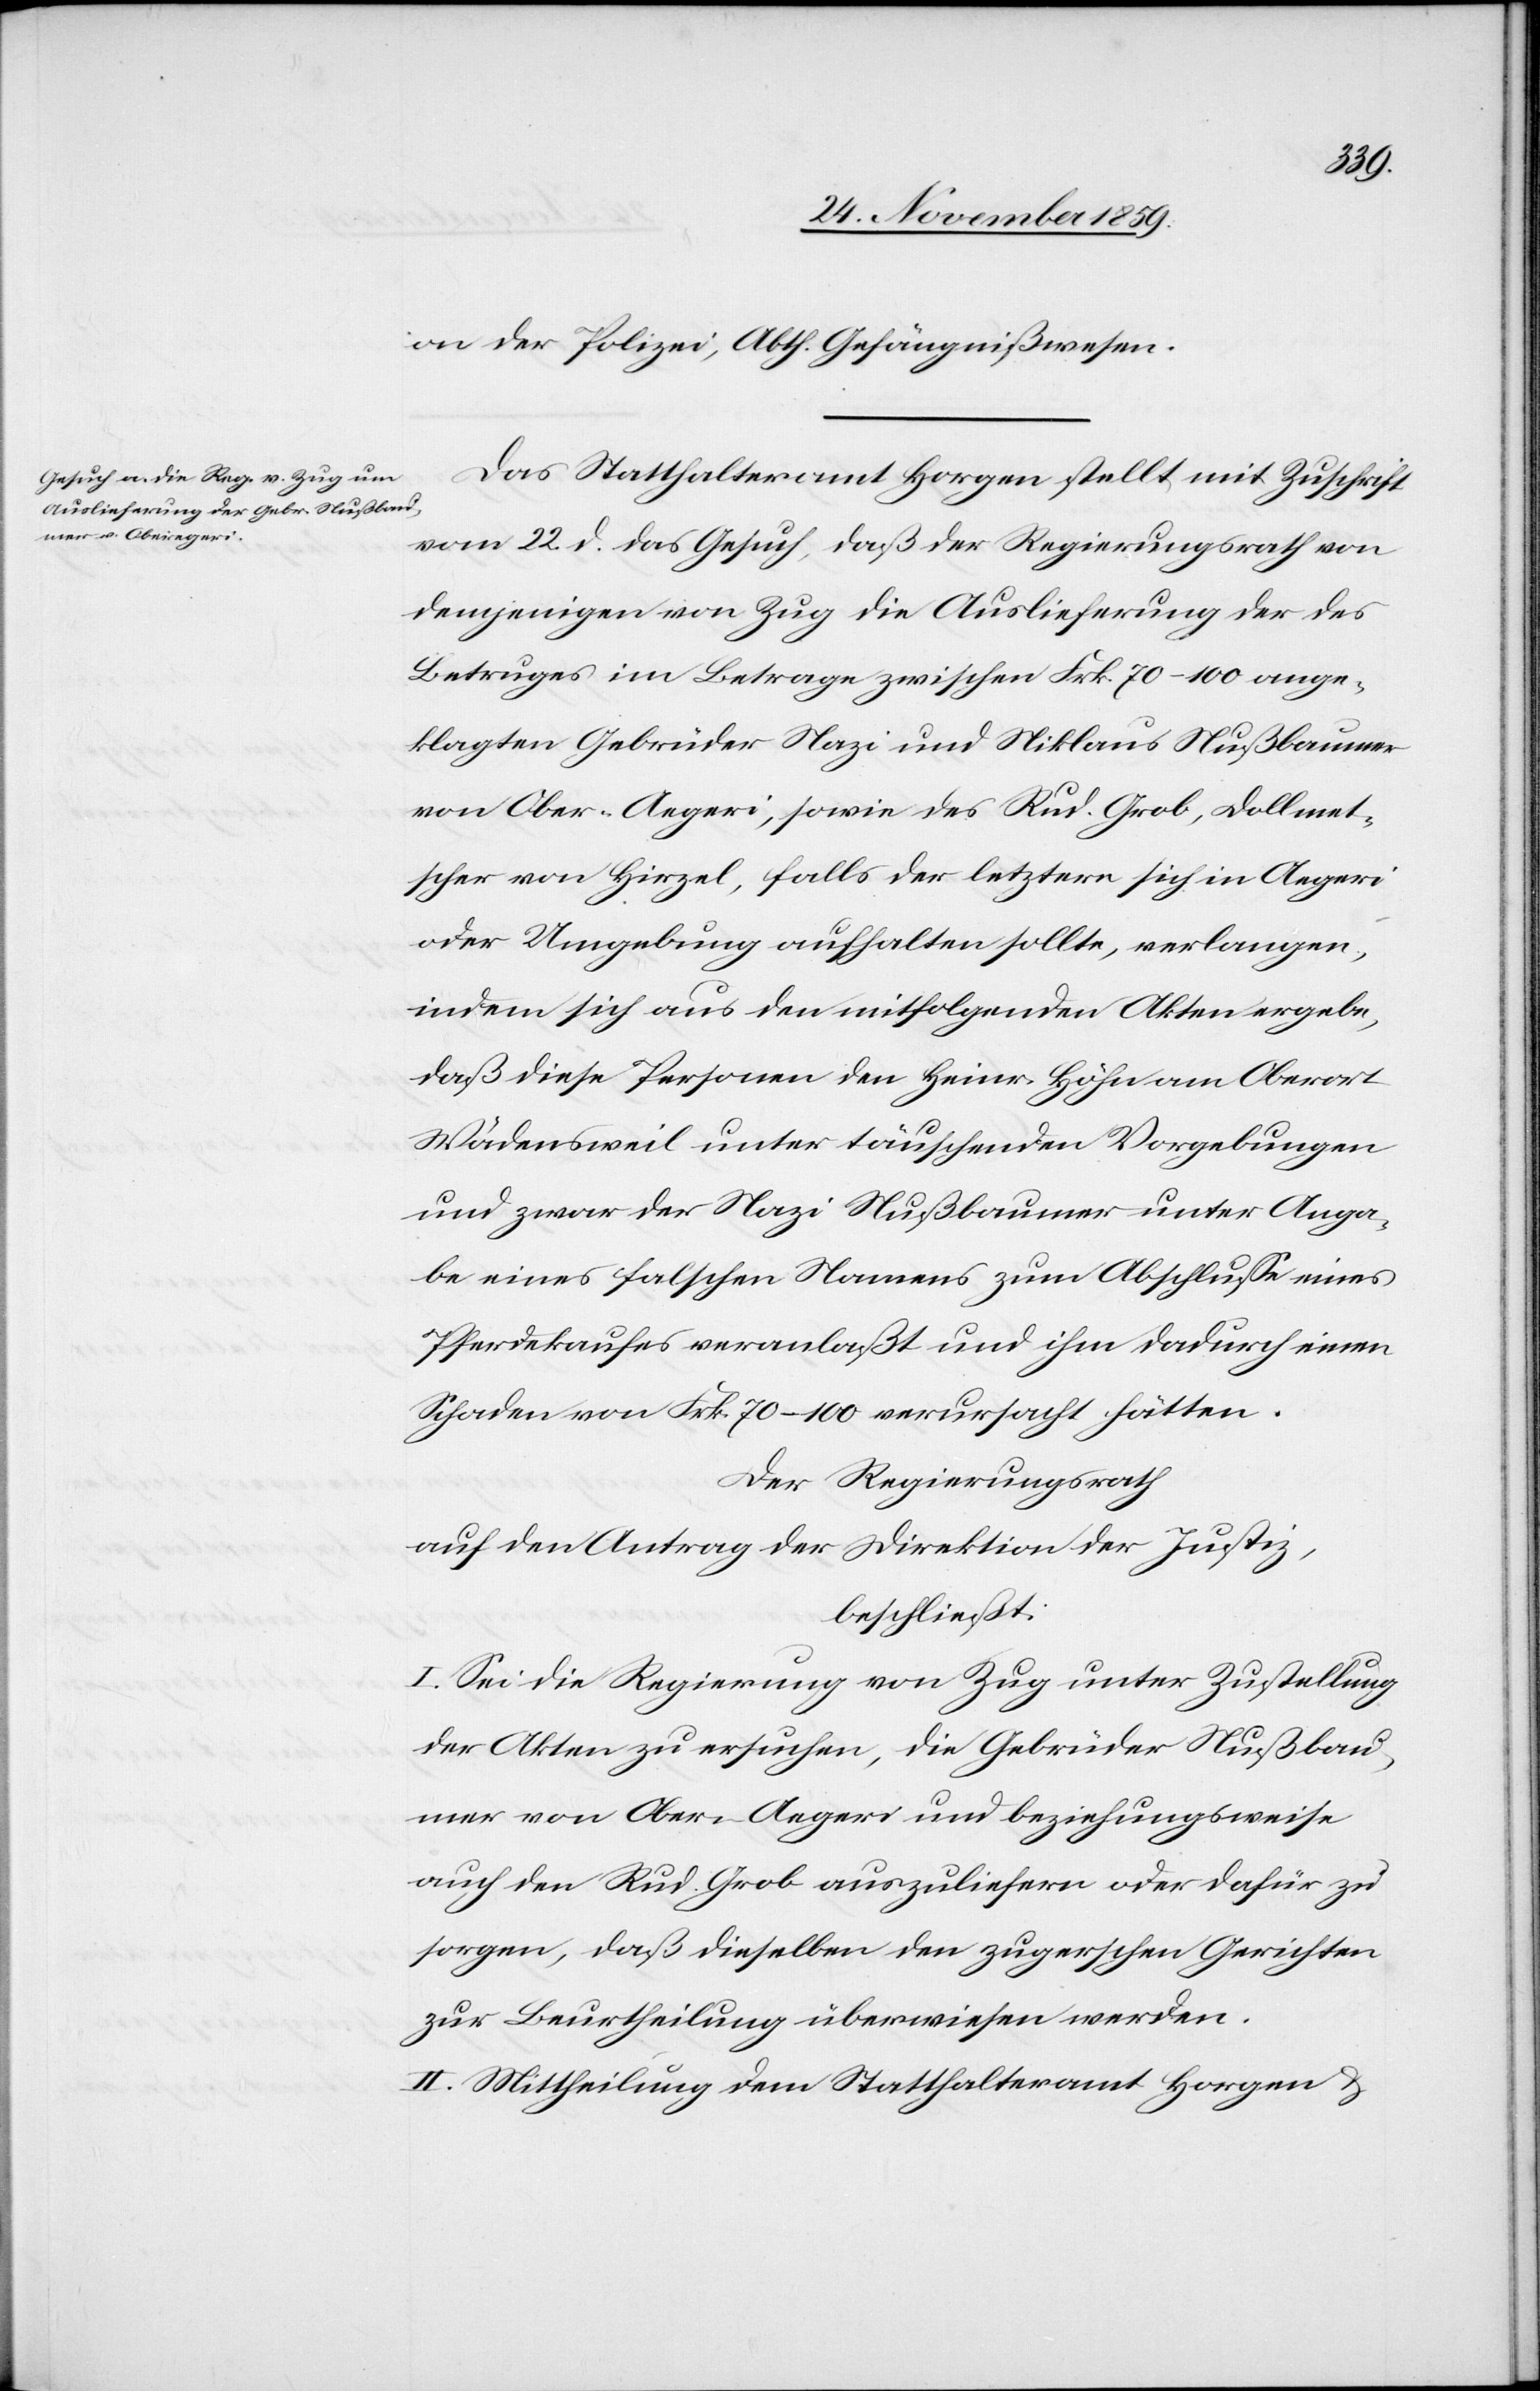
on der Polizei, Abth. Gefängnißwesen.
Das Statthalteramt Horgen stellt mit Zuschrift
vom 22. d. das Gesuch, daß der Regierungsrath von
demjenigern von Zug die Auslieferung der des
Betruges im Betrage zwischen Frk. 70–100 ange¬
klagten Gebrüder Nazi und Niklaus Nußbaumer
von Ober-Aegeri, sowie des Rud. Grob, Dollmet¬
scher von Hirzel, falls der letztere sich in Aegeri
oder Umgebung aufhalten sollte, verlangen,
indem sich aus den mitfolgenden Akten ergebe,
daß diese Personen den Heinr. Höhn am Oberort
Wädensweil unter täuschenden Vorgebungen
und zwar der Nazi Nußbaumer unter Anga¬
be eines falschen Namens zum Abschlusse eines
Pferdekaufes veranlaßt und ihm dadurch einen
Schaden von Frk. 70–100 verursacht hätten.
Der Regierungsrath
auf den Antrag des Direktion der Justiz,
beschließt:
I. Sei die Regierung von Zug unter Zustellung
der Akten zu ersuchen, die Gebrüder Nußbau¬
mer von Ober-Aegeri und beziehungsweise
auch den Rud. Grob auszuliefern oder dafür zu
sorgen, daß dieselben den zugerschen Gerichten
zur Beurtheilung überwiesen werden.
II. Mittheilung dem Statthalteramt Horgen &